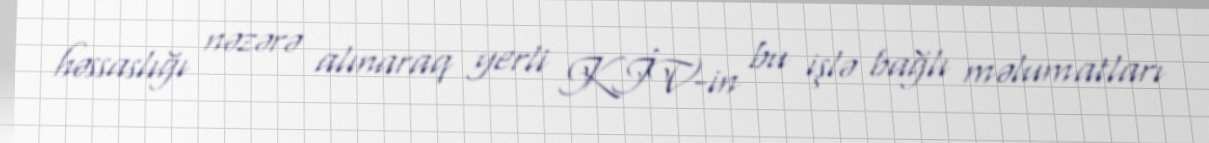
həssaslığı nəzərə alınaraq yerli KİV-in bu işlə bağlı məlumatları